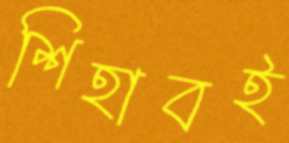
শিহাবই